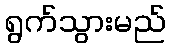
ရွက်သွားမည်